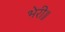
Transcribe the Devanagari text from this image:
भेरी॥